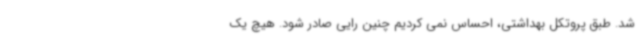
شد. طبق پروتکل بهداشتی، احساس نمی کردیم چنین رایی صادر شود. هیچ یک